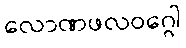
လောဏဖလဝဂ္ဂေါ